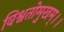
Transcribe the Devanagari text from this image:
विश्वतोमुखम्‌।।